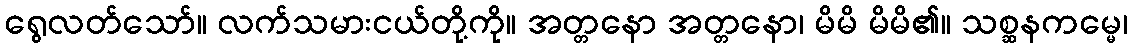
ရွေလတ်သော်။ လက်သမားငယ်တို့ကို။ အတ္တနော အတ္တနော၊ မိမိ မိမိ၏။ သစ္ဆနကမ္မေ၊